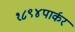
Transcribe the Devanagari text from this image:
१८९४पार्कर